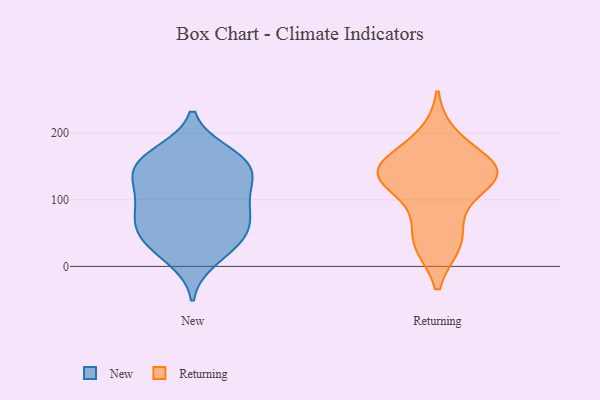
{"axis": {"x": "Shipments", "y": "Value"}, "legend": ["New", "Returning"], "data": [{"x": "", "y": 159, "type": "New"}, {"x": "", "y": 31, "type": "New"}, {"x": "", "y": 73, "type": "New"}, {"x": "", "y": 145, "type": "New"}, {"x": "", "y": 135, "type": "New"}, {"x": "", "y": 165, "type": "New"}, {"x": "", "y": 125, "type": "New"}, {"x": "", "y": 36, "type": "New"}, {"x": "", "y": 170, "type": "New"}, {"x": "", "y": 74, "type": "New"}, {"x": "", "y": 151, "type": "New"}, {"x": "", "y": 107, "type": "New"}, {"x": "", "y": 105, "type": "New"}, {"x": "", "y": 79, "type": "New"}, {"x": "", "y": 57, "type": "New"}, {"x": "", "y": 11, "type": "New"}, {"x": "", "y": 45, "type": "New"}, {"x": "", "y": 195, "type": "Returning"}, {"x": "", "y": 146, "type": "Returning"}, {"x": "", "y": 147, "type": "Returning"}, {"x": "", "y": 132, "type": "Returning"}, {"x": "", "y": 78, "type": "Returning"}, {"x": "", "y": 145, "type": "Returning"}, {"x": "", "y": 33, "type": "Returning"}, {"x": "", "y": 33, "type": "Returning"}, {"x": "", "y": 127, "type": "Returning"}, {"x": "", "y": 146, "type": "Returning"}]}